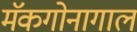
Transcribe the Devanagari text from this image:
मॅकगोनागाल